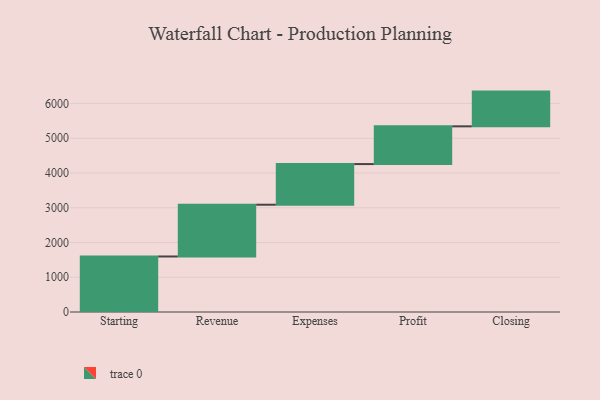
{"axis": {"x": "Step", "y": "Value"}, "legend": [""], "data": [{"x": "Starting", "y": 1598.0, "type": ""}, {"x": "Revenue", "y": 1490.0, "type": ""}, {"x": "Expenses", "y": 1170.0, "type": ""}, {"x": "Profit", "y": 1086.0, "type": ""}, {"x": "Closing", "y": 1000, "type": ""}]}